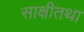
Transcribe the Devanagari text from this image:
साक्षीतथा